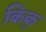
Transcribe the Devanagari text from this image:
किक्